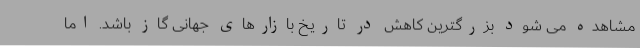
مشاهده می شود بزرگترین کاهش در تاریخ بازارهای جهانی گاز باشد. اما